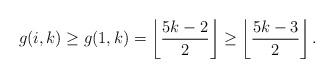
LaTeX: \begin{align*}g(i,k)\geq g(1,k)=\left\lfloor\dfrac{5k-2}{2}\right\rfloor\geq\left\lfloor\dfrac{5k-3}{2}\right\rfloor.\end{align*}